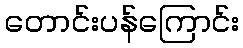
တောင်းပန်ကြောင်း